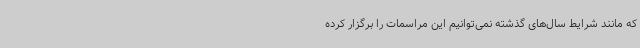
که مانند شرایط سال‌های گذشته نمی‌توانیم این مراسمات را برگزار کرده